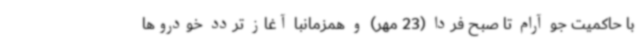
با حاکمیت جو آرام تا صبح فردا (23 مهر) و همزمانبا آغاز تردد خودروها